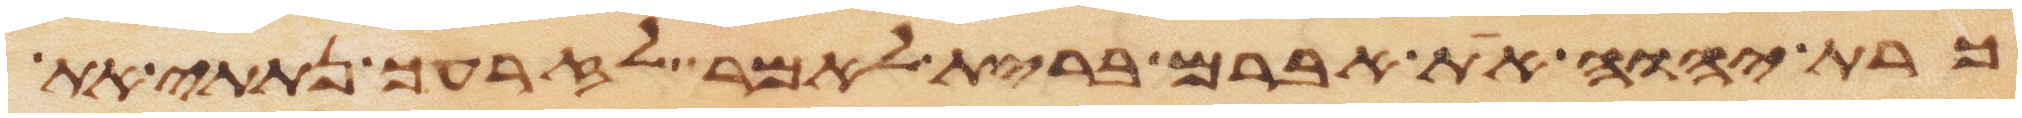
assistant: כרת יהוה את אברם ברית לאמר לזרעך נתתי את